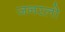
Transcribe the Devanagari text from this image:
जनरलो